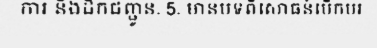
ការ និងដឹកជញ្ជូន. 5. មានបទពិសោធន៍បើកបរ